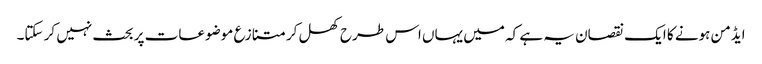
ایڈمن ہونے کا ایک نقصان یہ ہے کہ میں یہاں اس طرح کھل کر متنازع موضوعات پر بحث نہیں کر سکتا۔